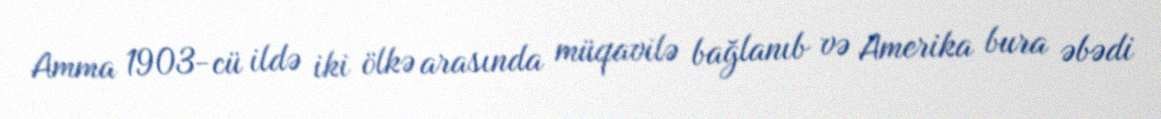
Amma 1903-cü ildə iki ölkə arasında müqavilə bağlanıb və Amerika bura əbədi